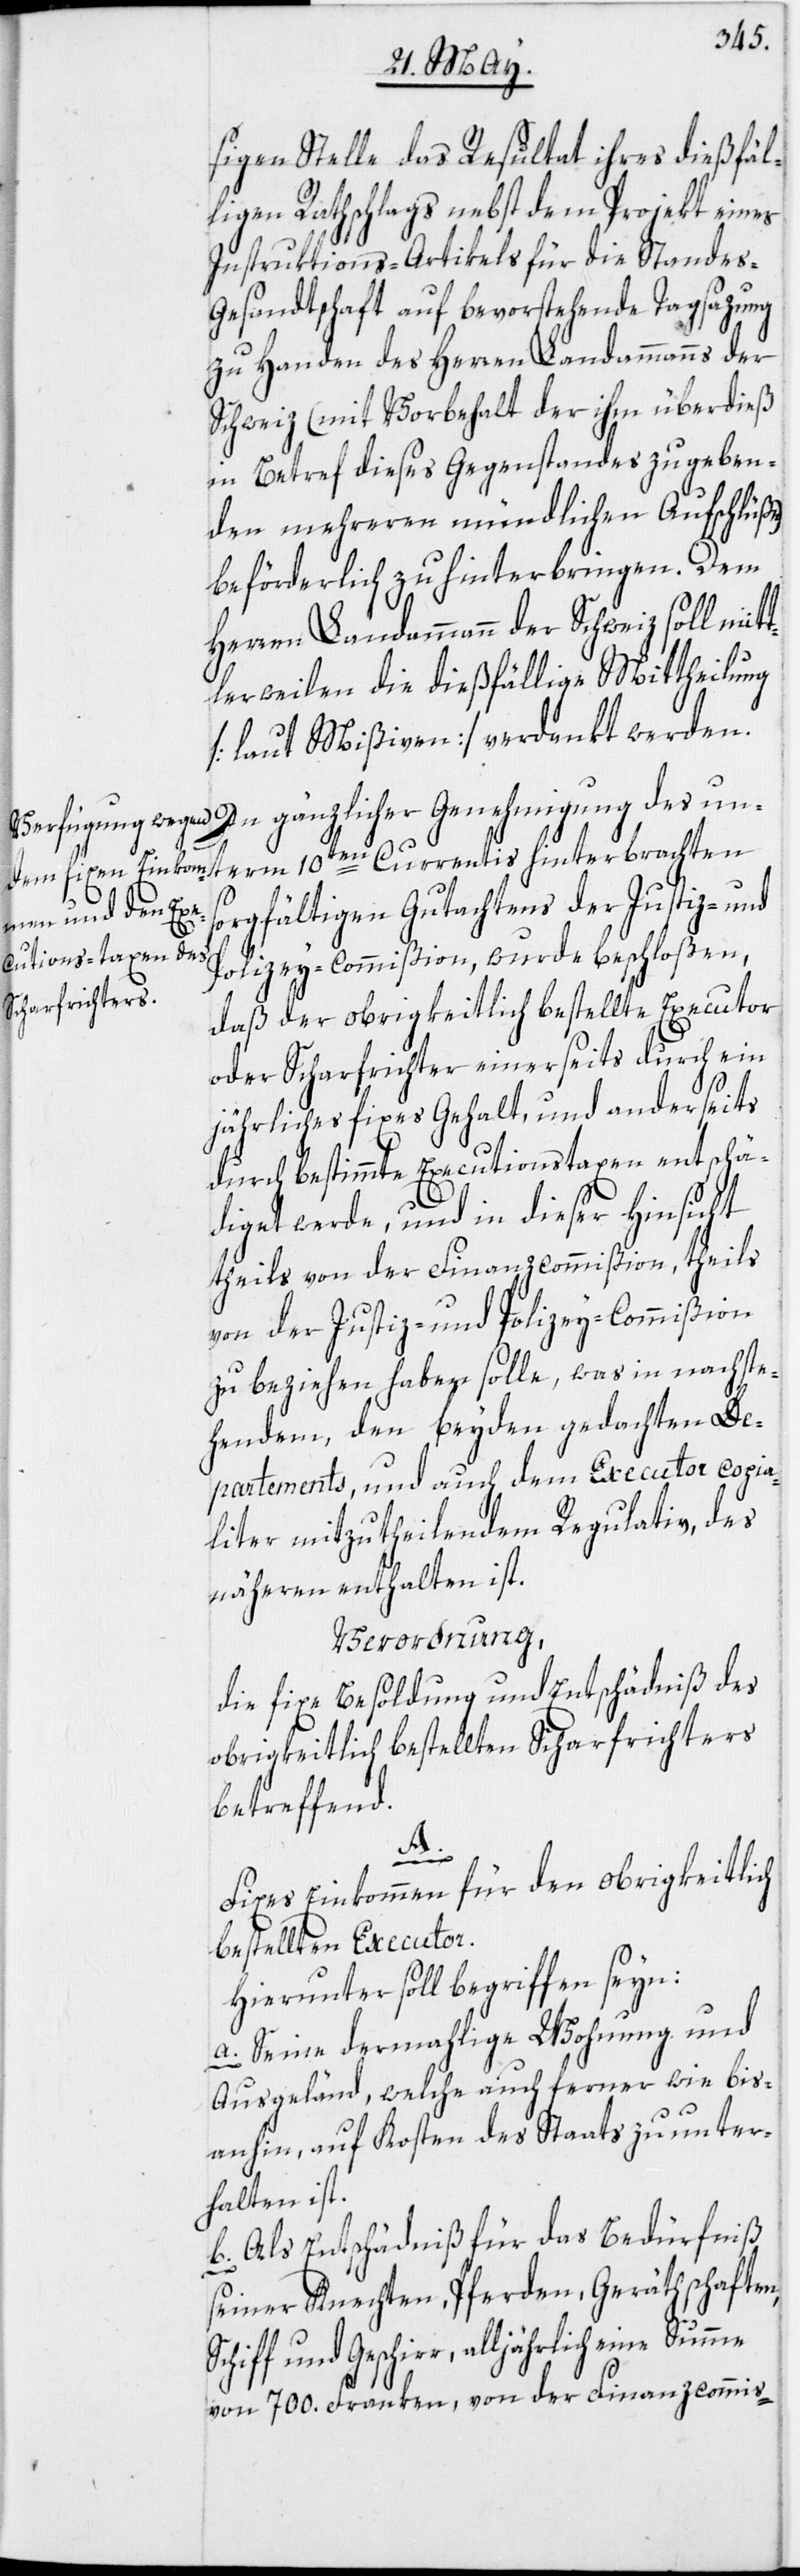
sigen Stelle das Resultat ihres dießfäl¬
ligen Rathschlags nebst dem Projekt eines
Instruktions-Artikels für die Standes-G¬
esandtschaft auf bevorstehende Tagsazung
zu Handen des Herren Landammanns der
Schweiz (mit Vorbehalt der ihm überdieß
in Betref dieses Gegenstandes zu geben¬
den mehreren mündlichen Aufschlüße)
beförderlich zu hinterbringen. Dem
Herren Landammann der Schweiz soll mit¬
tlerweilen die dießfällige Mittheilung
[laut Mißiven] verdankt werden.
In gänzlicher Genehmigung des un¬
term 10ten Currentis hinterbrachten
sorgfältigen Gutachtens der Justiz- und
Polizey-Commißion, wurde beschloßen,
daß der obrigkeitlich bestellte Executor
oder Scharfrichter einerseits durch ein
jährliches fixes Gehalt, und anderseits
durch bestimmte Executionstaxen entschä¬
diget werde, und in dieser Hinsicht
theils von der Finanzcommißion, theils
von der Justiz- und Polizey-Commißion
zu beziehen haben solle, was in nachste¬
hendem, den beyden gedachten De¬
partements, und auch dem Executor copia¬
liter mitzutheilendem Regulativ, des
näheren enthalten ist.
Verordnung,
die fixe Besoldung und Entschädniß des
obrigkeitlich bestellten Scharfrichters
betreffend.
A.
Fixes Einkommen für den obrigkeitlich
bestellten Executor.
Hierunter soll begriffen seyn:
a. Seine dermahlige Wohnung und
Ausgeländ, welche auch ferner wie bis¬
anhin, auf Kosten des Staats zu unter¬
halten ist.
Als Entschädniß für das Bedürfniß
seiner Knechten, Pferden, Geräthschaften,
von 700. Franken, von der Finanzcommis-